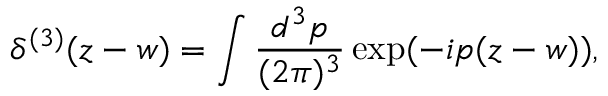
\delta ^ { ( 3 ) } ( z - w ) = \int \frac { d ^ { 3 } p } { ( 2 \pi ) ^ { 3 } } \exp ( - i p ( z - w ) ) ,